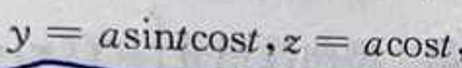
\[y = a\sin t\cos t,z = a\cos t\]